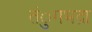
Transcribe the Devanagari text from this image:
तंुगभद्रा